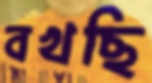
বখছি